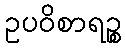
ဥပဝိစာရဉ္စ